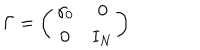
LaTeX: \Gamma = \left( \begin{array} { c c } { { \gamma _ { 0 } } } & { { 0 } } \\ { { 0 } } & { { \mathrm { I } _ { N } } } \\ \end{array} \right)